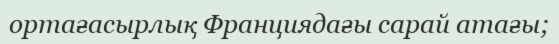
ортағасырлық Франциядағы сарай атағы;